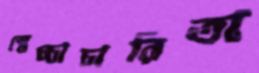
স্বেচ্চাচারিতা